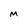
Character: M